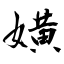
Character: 嫹